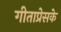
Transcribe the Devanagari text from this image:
गीताप्रेसके